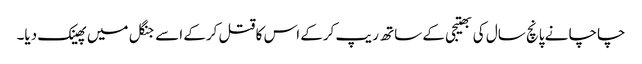
چاچا نے پانچ سال کی بھتیجی کے ساتھ ریپ کرکے اس کا قتل کرکے اسے جنگل میں پھینک دیا۔